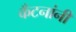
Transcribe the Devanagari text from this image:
कँटनांनी